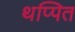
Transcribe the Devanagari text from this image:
थप्पित